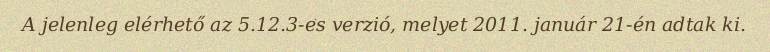
A jelenleg elérhető az 5.12.3-es verzió, melyet 2011. január 21-én adtak ki.